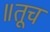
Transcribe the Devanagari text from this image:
॥तूच